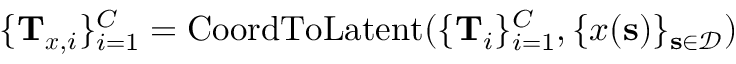
\{ \mathbf { T } _ { \boldsymbol { x } , i } \} _ { i = 1 } ^ { C } = \operatorname { C o o r d T o L a t e n t } ( \{ \mathbf { T } _ { i } \} _ { i = 1 } ^ { C } , \{ \boldsymbol { x } ( \mathbf { s } ) \} _ { \mathbf { s } \in \mathcal { D } } )